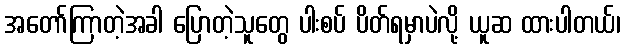
အတော်ကြာတဲ့အခါ ပြောတဲ့သူတွေ ပါးစပ် ပိတ်ရမှာပဲလို့ ယူဆ ထားပါတယ်၊